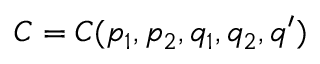
C = C ( p _ { 1 } , p _ { 2 } , q _ { 1 } , q _ { 2 } , q ^ { \prime } )